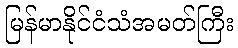
မြန်မာနိုင်ငံသံအမတ်ကြီး